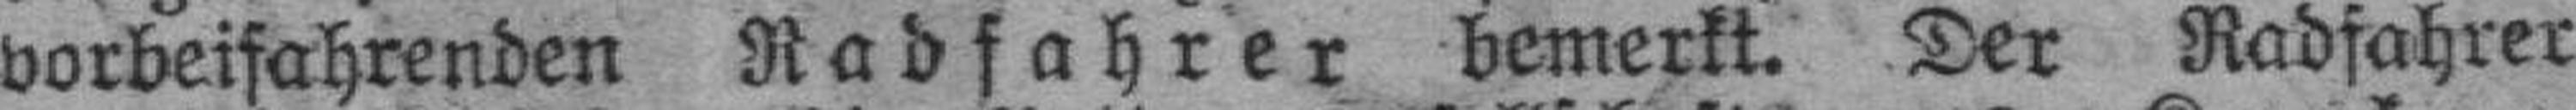
vorbeifahrenden Radfahrer bemerkt. Der Radfahrer